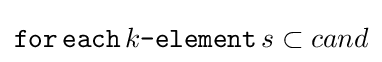
{\mathtt {for\,each}}\,k{\texttt {-element}}\,s\subset cand